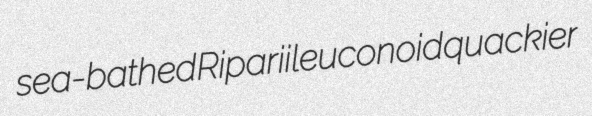
sea-bathed Riparii leuconoid quackier